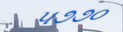
૫૭૭૦